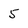
Character: 5